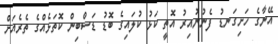
އޭނާގެ ހަށިގަނޑު ފެނުނުއިރު އޮތީ ކަޅު ކުލައިގެ ބޮޑު ޑަސްބިން ކޮތަޅެއްގެ ތެރެއަށް